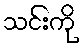
သင်းကို